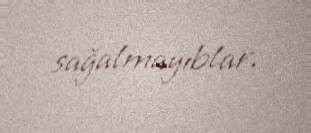
sağalmayıblar.